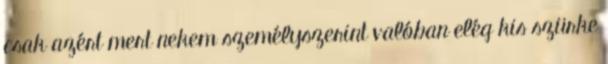
csak azért mert nekem személyszerint valóban elég kis szürke